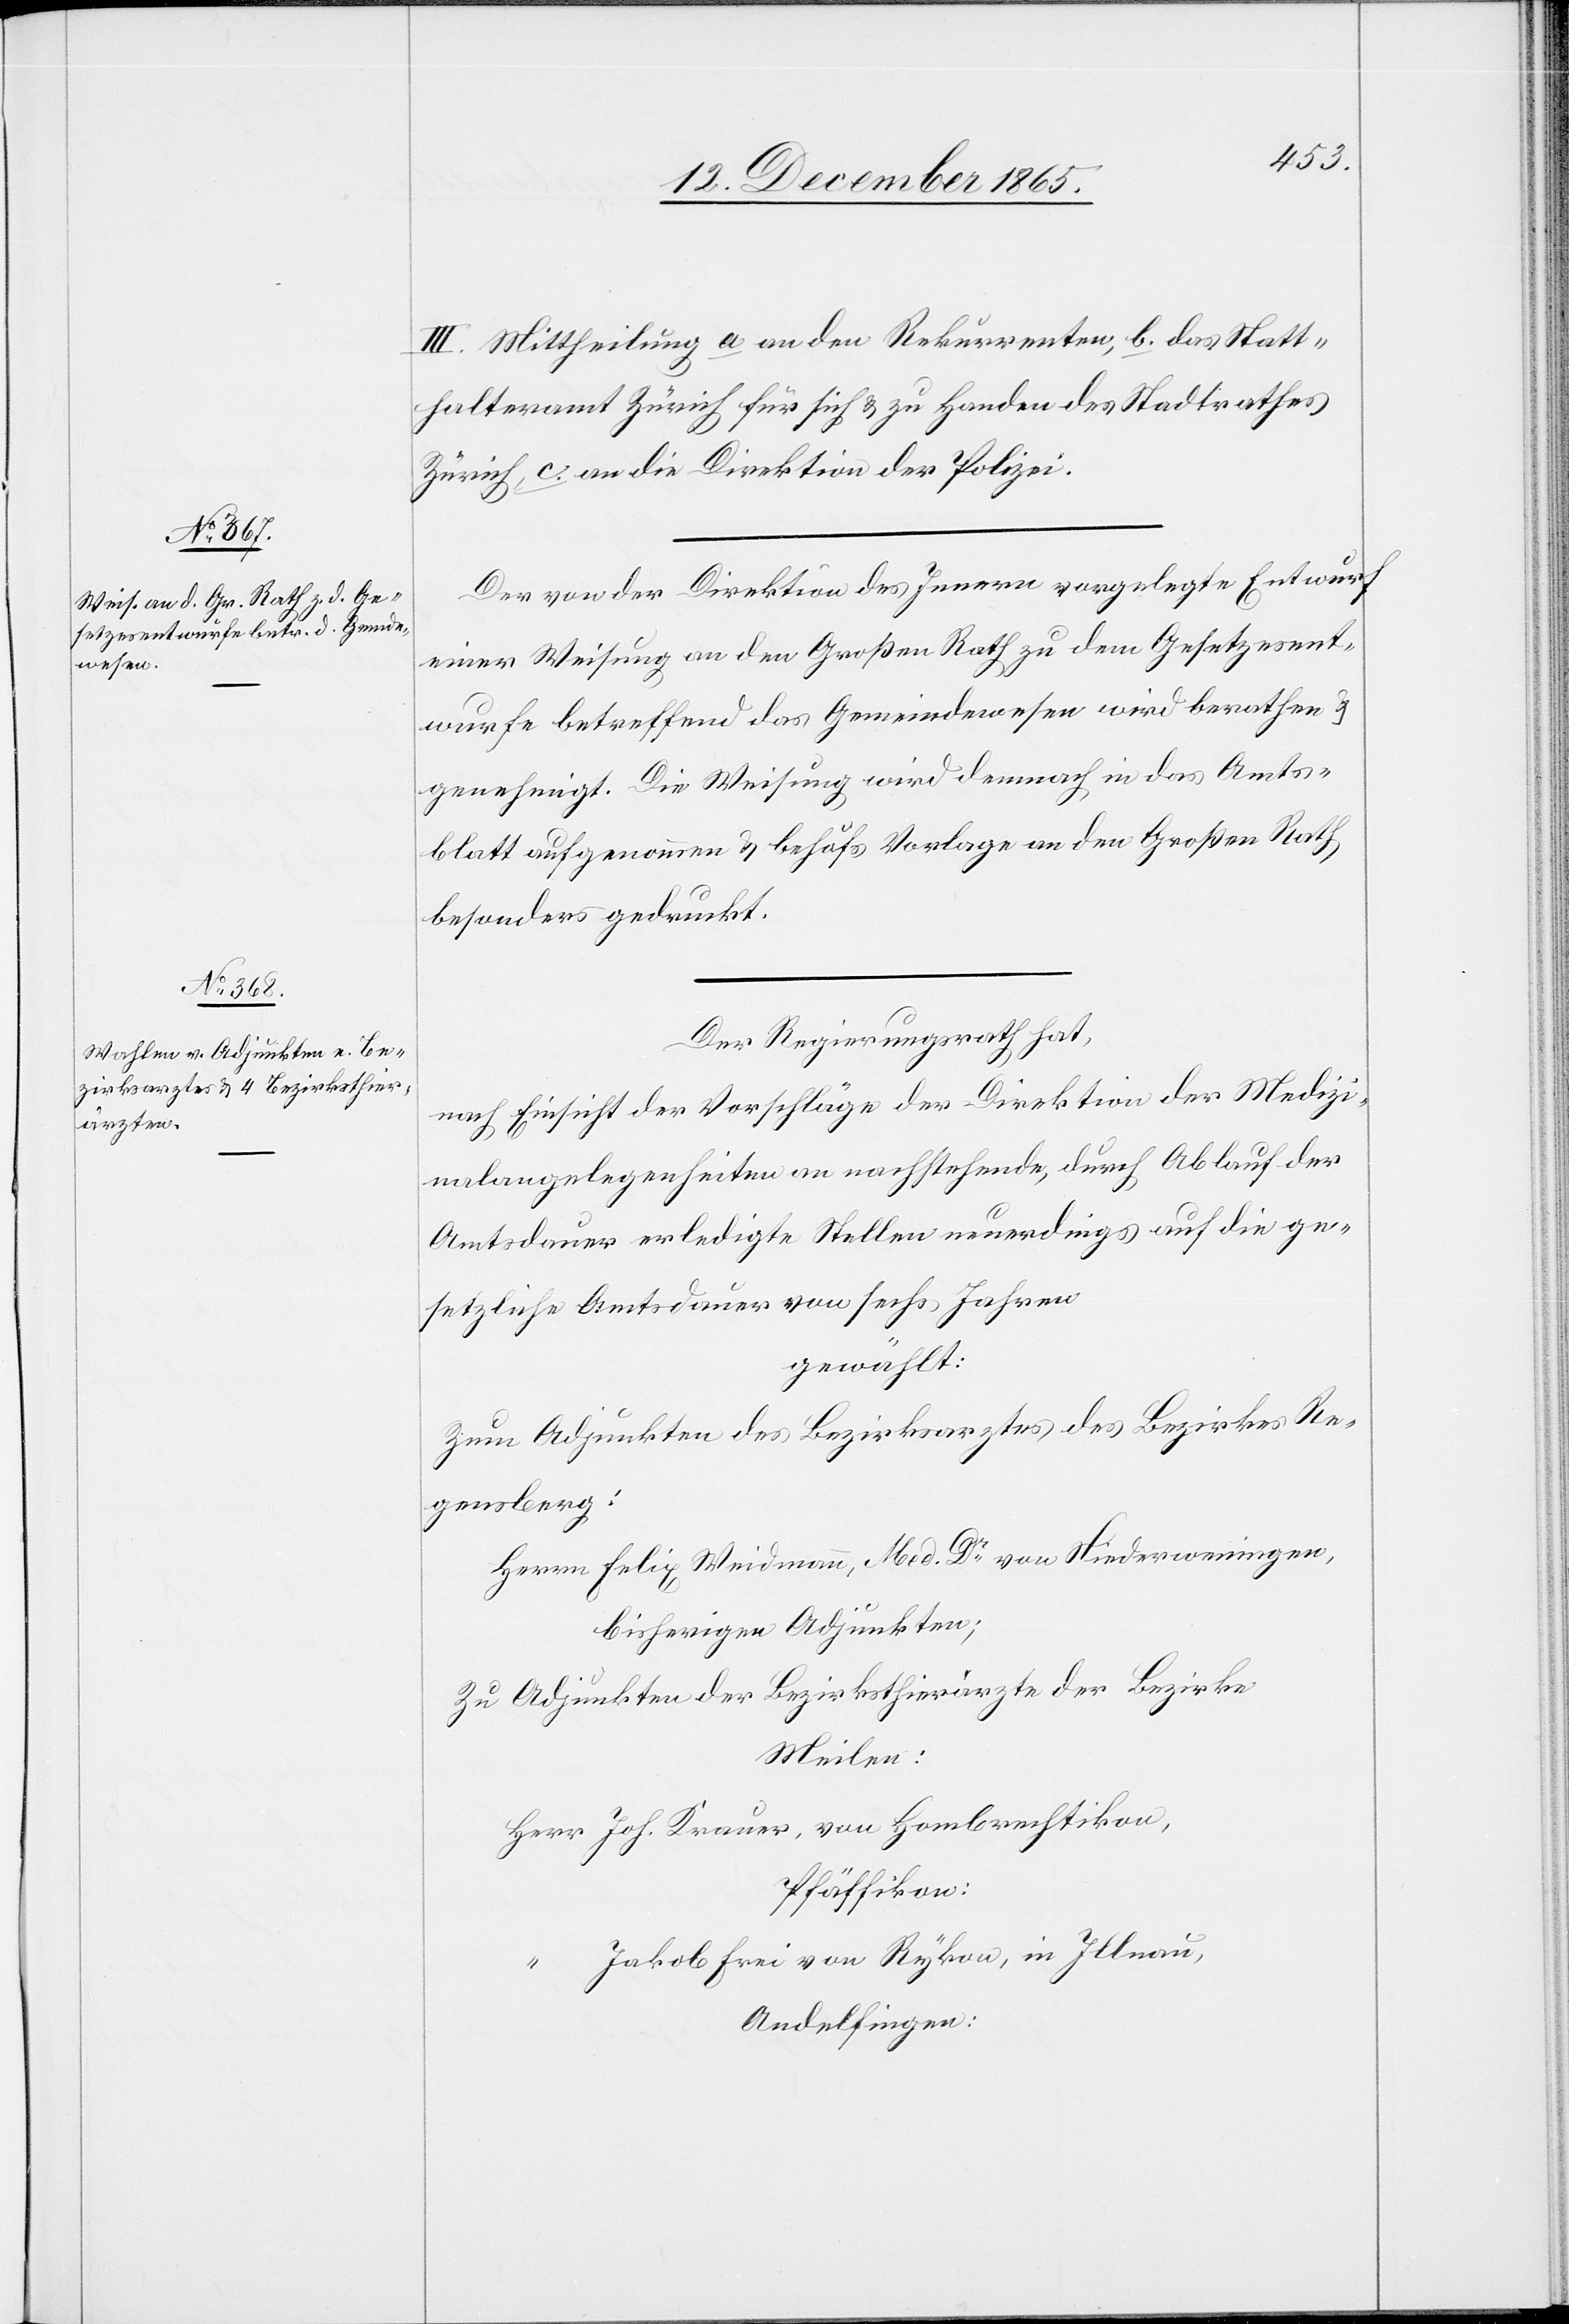
III. Mittheilung a. an den Rekurrenten, b. das Statt¬
halteramt Zürich für sich & zu Handen des Stadtrathes
Zürich, c. an die Direktion der Polizei.
Der von der Direktion des Innern vorgelegte Entwurf
einer Weisung an den Großen Rath zu dem Gesetzesent¬
wurfe betreffend das Gemeindewesen wird berathen &
genehmigt. Die Weisung wird demnach in das Amts¬
blatt aufgenommen & behufs Vorlage an den Großen Rath
besonders gedruckt.
Der Regierungsrath hat,
nach Einsicht der Vorschläge der Direktion der Medizi¬
nalangelegenheiten an nachstehende, durch Ablauf der
Amtsdauer erledigte Stellen neuerdings auf die ge¬
setzliche Amtsdauer von sechs Jahren
gewählt:
Zum Adjunkten des Bezirksarztes des Bezirkes Re¬
gensberg:
Herrn Felix Weidmann, Med. Dr von Niederweningen,
bisher Adjunkten;
Zu Adjunkten der Bezirksthierärzte der Bezirke
Meilen:
Herr Joh. Krauer, von Hombrechtikon,
Pfäffikon:
“ Jakob Frei von Rykon, in Illnau,
Andelfingen: